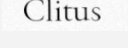
Clitus